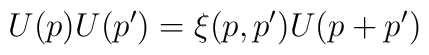
U(p)U(p')=\xi(p,p')U(p+p')